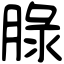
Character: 䐂